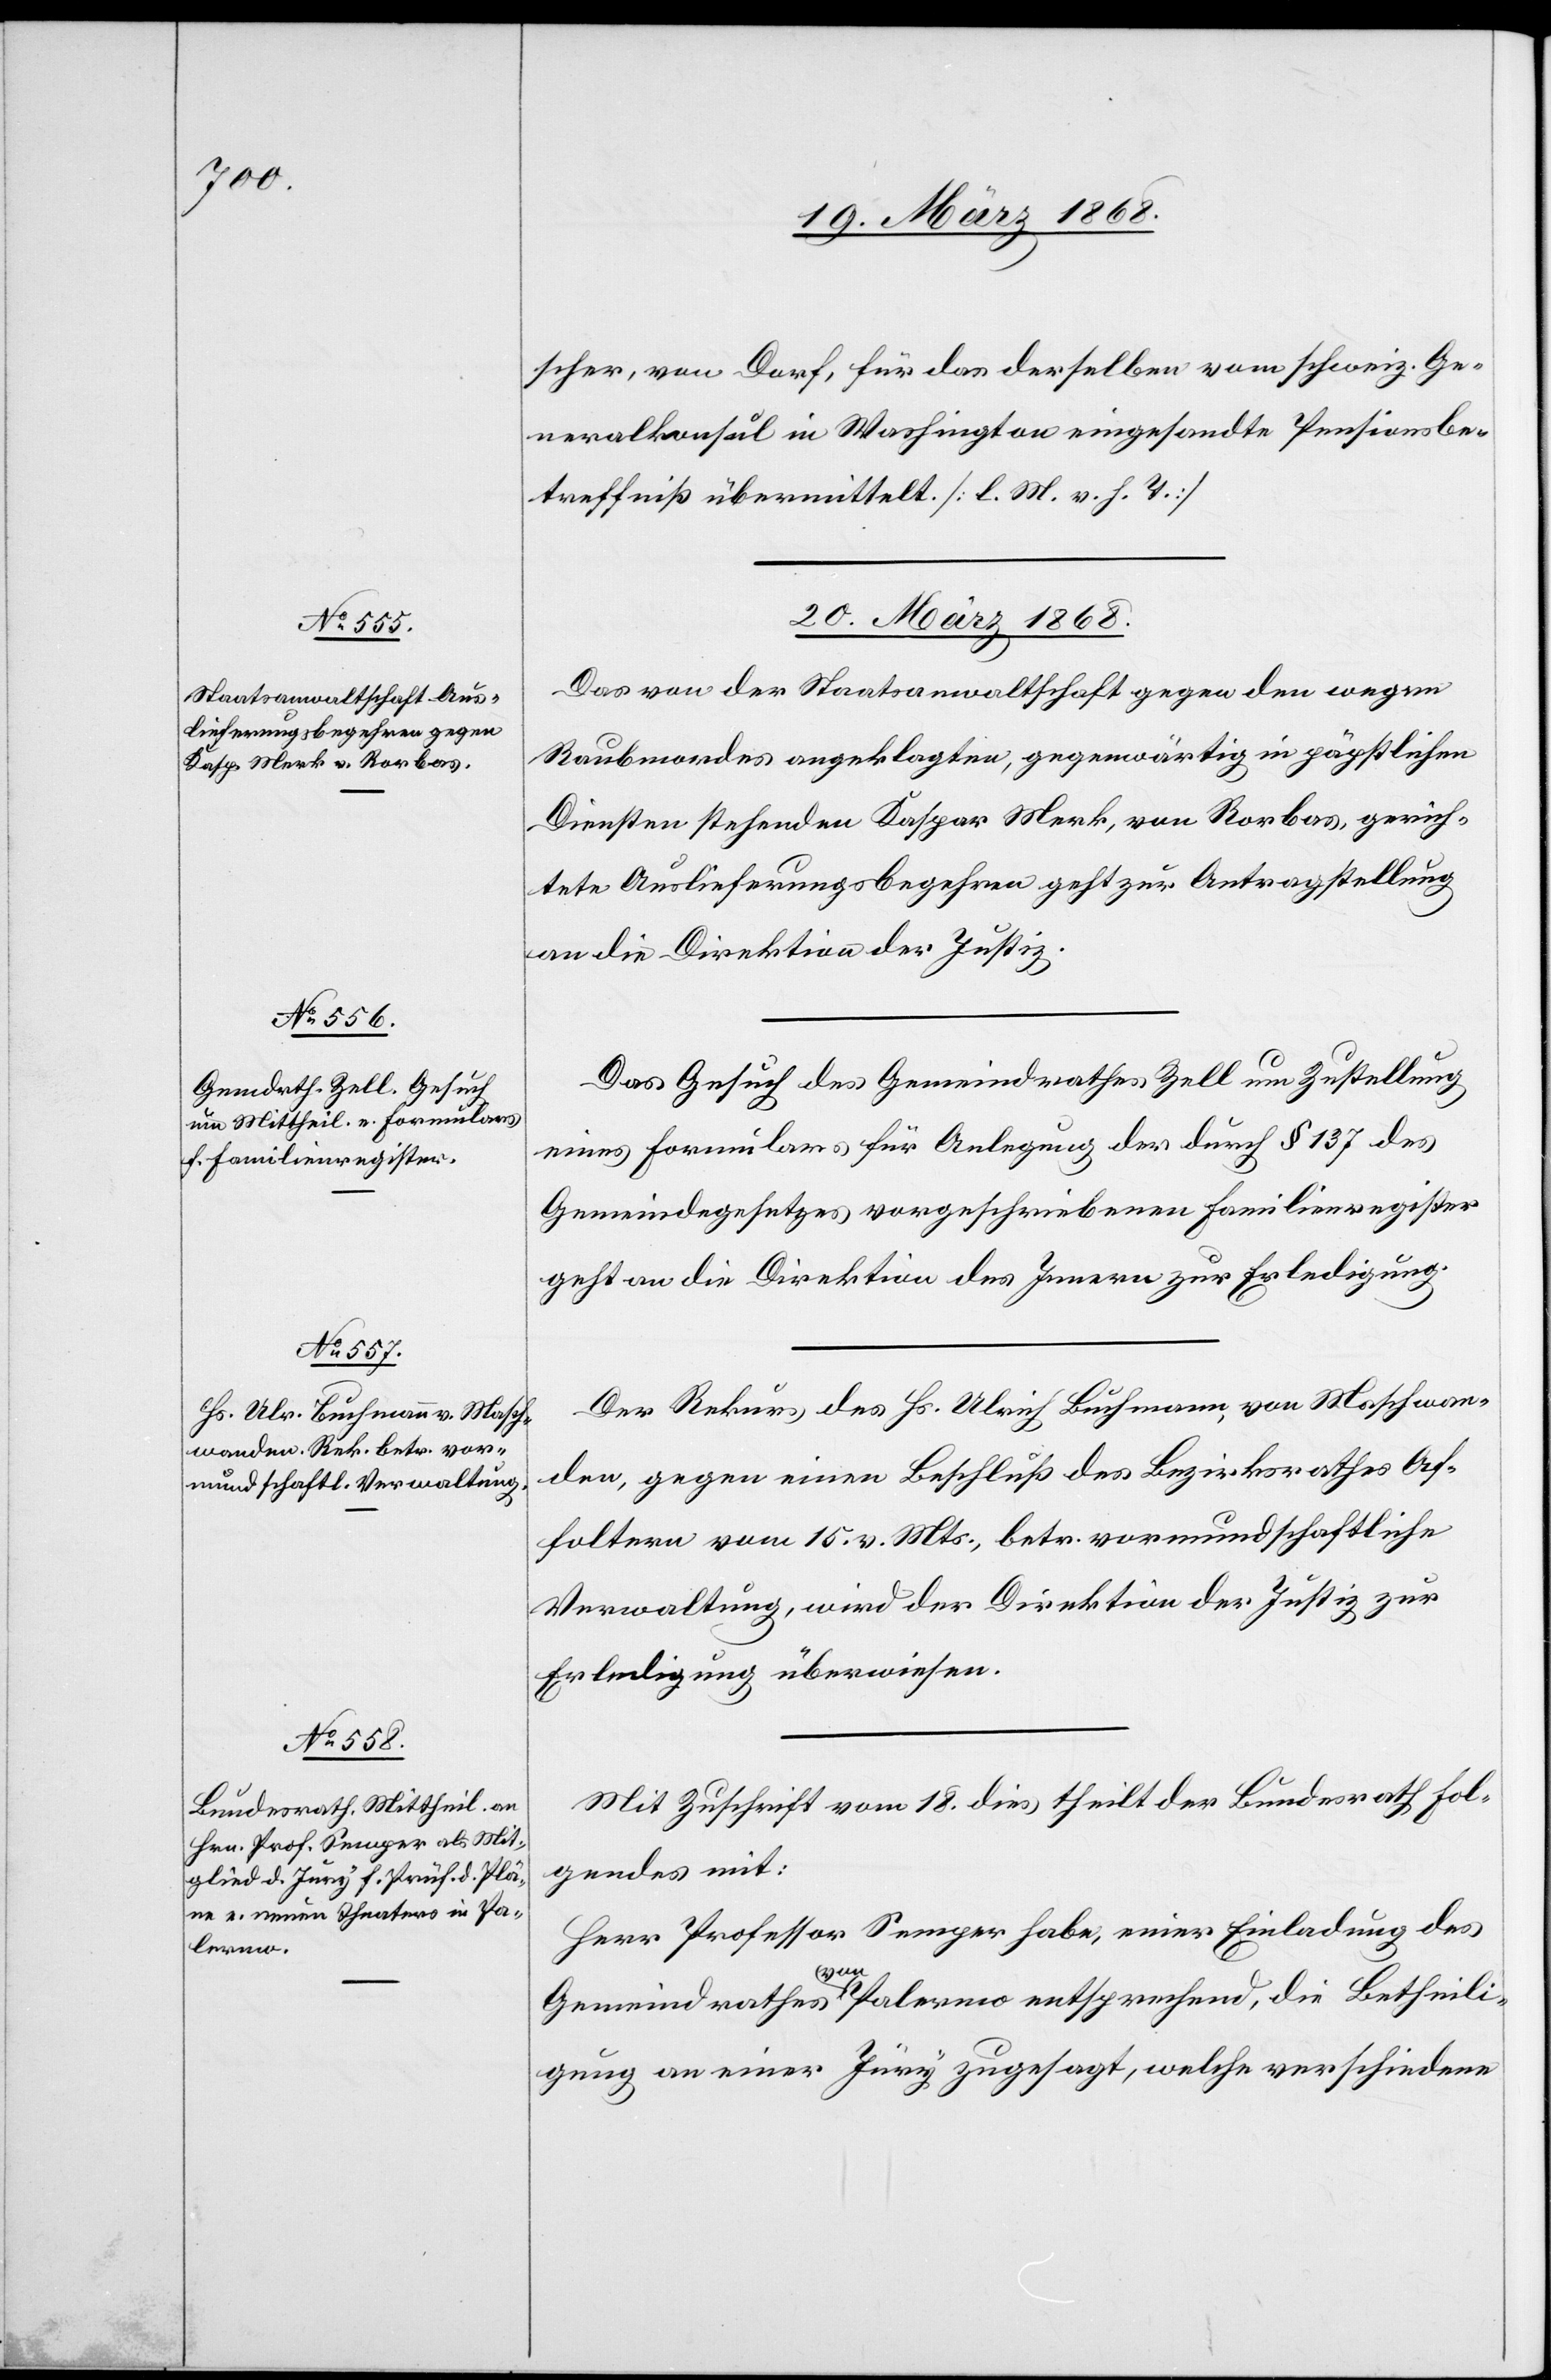
scher, von Dorf, für das derselben vom schweiz. Ge¬
neralkonsul in Washington eingesandte Pensionsbe¬
treffniß übermittelt. [l. M. v. h. T.]
20. März 1868.]
Das von der Staatsanwaltschaft gegen den wegen
Raubmordes angeklagten, gegenwärtig in päpstlichen
Diensten stehenden Kaspar Merk, von Rorbas, gerich¬
tete Auslieferungsbegehren geht zur Antragstellung
an die Direktion der Justiz.
Das Gesuch des Gemeindrathes Zell um Zustellung
eines Formulars für Anlegung der durch § 137 des
Gemeindegesetzes vorgeschriebenen Familienregister
geht an die Direktion des Innern zur Erledigung.
Der Rekurs des Hs. Ulrich Buchmann, von Maschwan¬
den, gegen einen Beschluß des Bezirksrathes Af¬
foltern vom 15. v. Mts., betr. vormundschaftliche
Verwaltung, wird der Direktion der Justiz zur
Erledigung überwiesen.
Mit Zuschrift vom 18. dies theilt der Bundesrath Fol¬
gendes mit:
Herr Professor Semper habe, einer Einladung des
Gemeindrathes von Palermo entsprechend, die Betheili¬
gung an einer Jury zugesagt, welche verschiedene